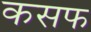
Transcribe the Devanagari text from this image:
कसफ